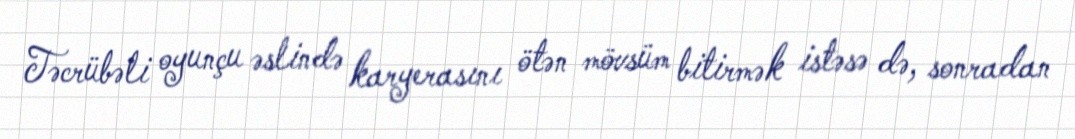
Təcrübəli oyunçu əslində karyerasını ötən mövsüm bitirmək istəsə də, sonradan